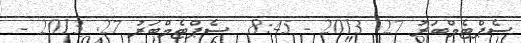
ސެޕްޓެމްބަރު 27